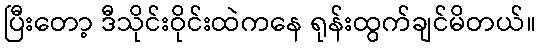
ပြီးတော့ ဒီသိုင်းဝိုင်းထဲကနေ ရုန်းထွက်ချင်မိတယ်။